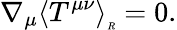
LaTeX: \nabla_{\mu}{\langle T^{\mu\nu}\rangle}_{\tiny R}=0.